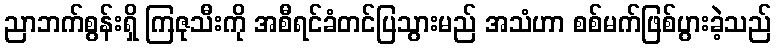
ညာဘက်စွန်းရှိ ကြဇုသီးကို အစီရင်ခံတင်ပြသွားမည် အသံဟာ စစ်မက်ဖြစ်ပွားခဲ့သည်